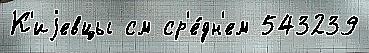
К'иjевцы см ср'е́дн'ем 543239